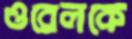
ওরেলকে